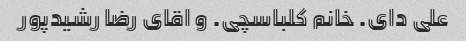
علی دای. خانم کلباسچی. و اقای رضا رشیدپور